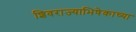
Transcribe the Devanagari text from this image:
शिवराज्याभिषेकाच्या